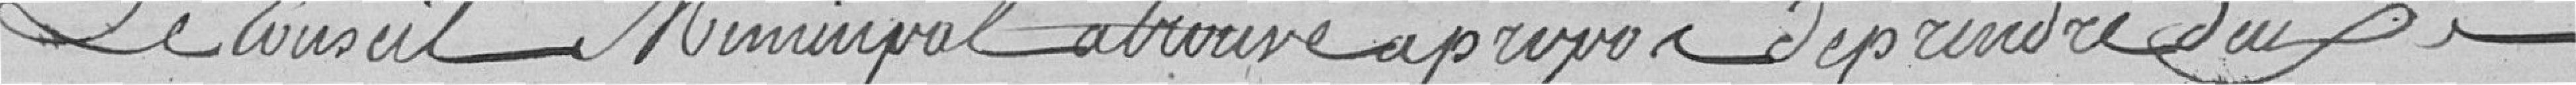
Le conseil municipal a trouvé a propos de prendre deux